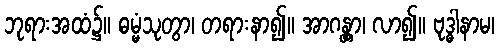
ဘုရားအထံ၌။ ဓမ္မံသုတွာ၊ တရားနာ၍။ အာဂန္တွာ၊ လာ၍။ ဗုဒ္ဓါနာမ၊